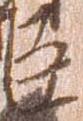
臣